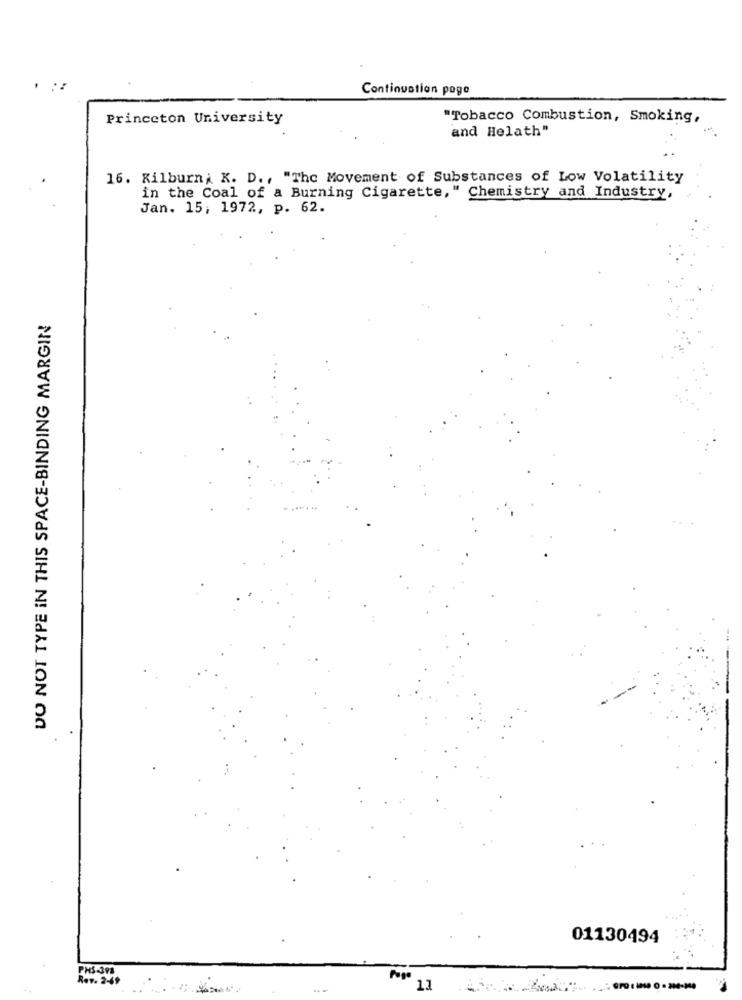
Continuation page
Princeton University
"Tobacco Combustion, Smoking,
and Helath"
16. Kilburn; K. D ., "The Movement of Substances of Low Volatility
in the Coal of a Burning Cigarette," Chemistry and Industry,
Jan. 15, 1972, p. 62.
DO NOT TYPE IN THIS SPACE-BINDING MARGIN
01130494
PHS-398
R.v. 2-49
Pop
11